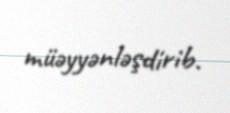
müəyyənləşdirib.